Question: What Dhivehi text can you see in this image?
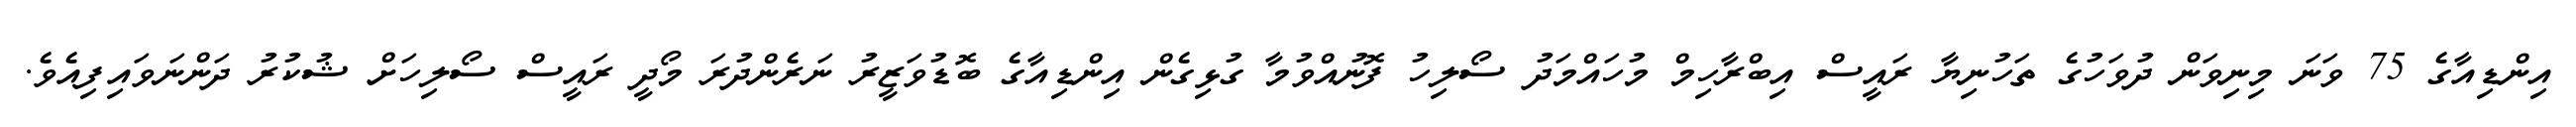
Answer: އިންޑިއާގެ 75 ވަނަ މިނިވަން ދުވަހުގެ ތަހުނިޔާ ރައީސް އިބްރާހިމް މުހައްމަދު ސޯލިހު ފޮނުއްވުމާ ގުޅިގެން އިންޑިއާގެ ބޮޑުވަޒީރު ނަރެންދުރަ މޯދީ ރައީސް ސޯލިހަށް ޝުކުރު ދަންނަވައިފިއެވެ.